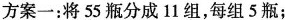
方案一：将55瓶分成11组，每组5瓶；